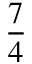
\frac { 7 } { 4 }